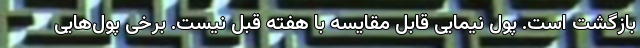
بازگشت است. پول نیمایی قابل مقایسه با هفته قبل نیست. برخی پول‌هایی